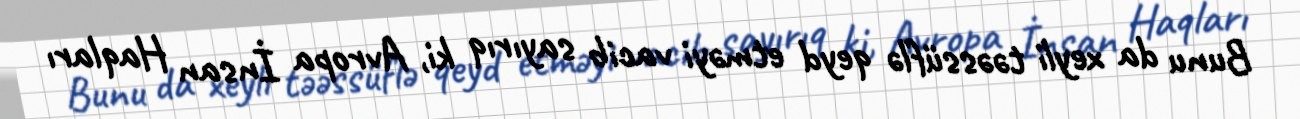
Bunu da xeyli təəssüflə qeyd etməyi vacib sayırıq ki, Avropa İnsan Haqları